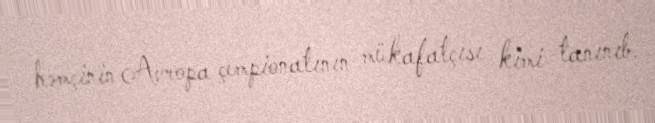
həmçinin Avropa çempionatının mükafatçısı kimi tanınıb.